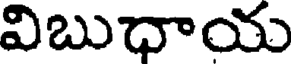
విబుధాయ